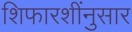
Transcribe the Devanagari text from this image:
शिफारशींनुसार